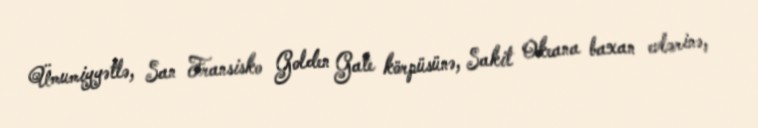
Ümumiyyətlə, San Fransisko Golden Gate körpüsünə, Sakit Okeana baxan evlərinə,